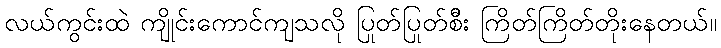
လယ်ကွင်းထဲ ကျိုင်းကောင်ကျသလို ပြုတ်ပြုတ်စီိး ကြိတ်ကြိတ်တိုးနေတယ်။